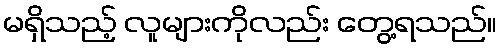
မရှိသည့် လူများကိုလည်း တွေ့ရသည်။